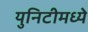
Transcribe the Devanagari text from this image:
युनिटीमध्ये